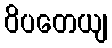
ဝိပတေယျ